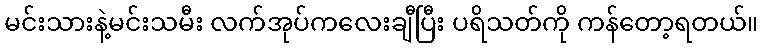
မင်းသားနဲ့မင်းသမီး လက်အုပ်ကလေးချီပြီး ပရိသတ်ကို ကန်တော့ရတယ်။